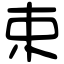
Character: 束